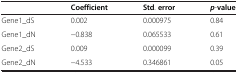
<table><thead><tr><td><b> </b></td><td><b>Coefficient</b></td><td><b>Std. error</b></td><td><b><i>p</i>-value</b></td></tr></thead><tbody><tr><td>Gene1_dS</td><td>0.002</td><td>0.000975</td><td>0.84</td></tr><tr><td>Gene1_dN</td><td>−0.838</td><td>0.065533</td><td>0.61</td></tr><tr><td>Gene2_dS</td><td>0.009</td><td>0.000099</td><td>0.39</td></tr><tr><td>Gene2_dN</td><td>−4.533</td><td>0.346861</td><td>0.05</td></tr></tbody></table>